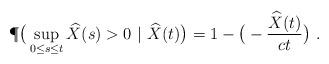
LaTeX: \begin{align*}\P\big(\sup_{0\leq s\leq t}\widehat{X}(s)>0~|~\widehat{X}(t)\big)=1-\big(-\frac{\widehat{X}(t)}{ct}\big)~.\end{align*}